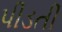
પીડતી